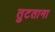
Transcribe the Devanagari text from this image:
तुटताना